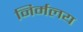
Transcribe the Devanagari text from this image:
निर्मलय